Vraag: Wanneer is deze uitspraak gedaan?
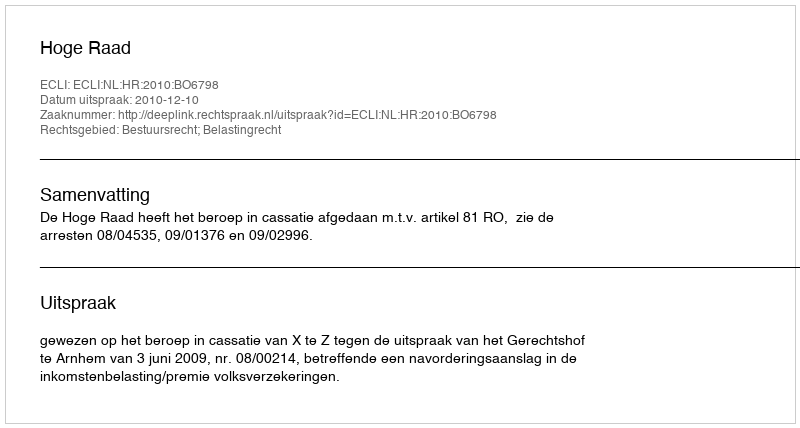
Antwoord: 2010-12-10